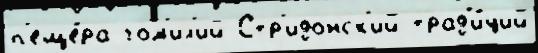
п'еще́ра гом'ил'ий Стр'идонск'ий трад'и́ций